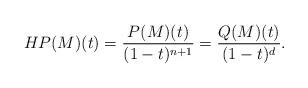
LaTeX: \begin{align*} HP(M)(t)=\frac{P(M)(t)}{(1-t)^{n+1}}=\frac{Q(M)(t)}{(1-t)^{d}}.\end{align*}